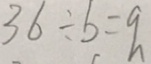
3 6 \div b = q